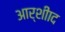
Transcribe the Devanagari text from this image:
आर्शीाद